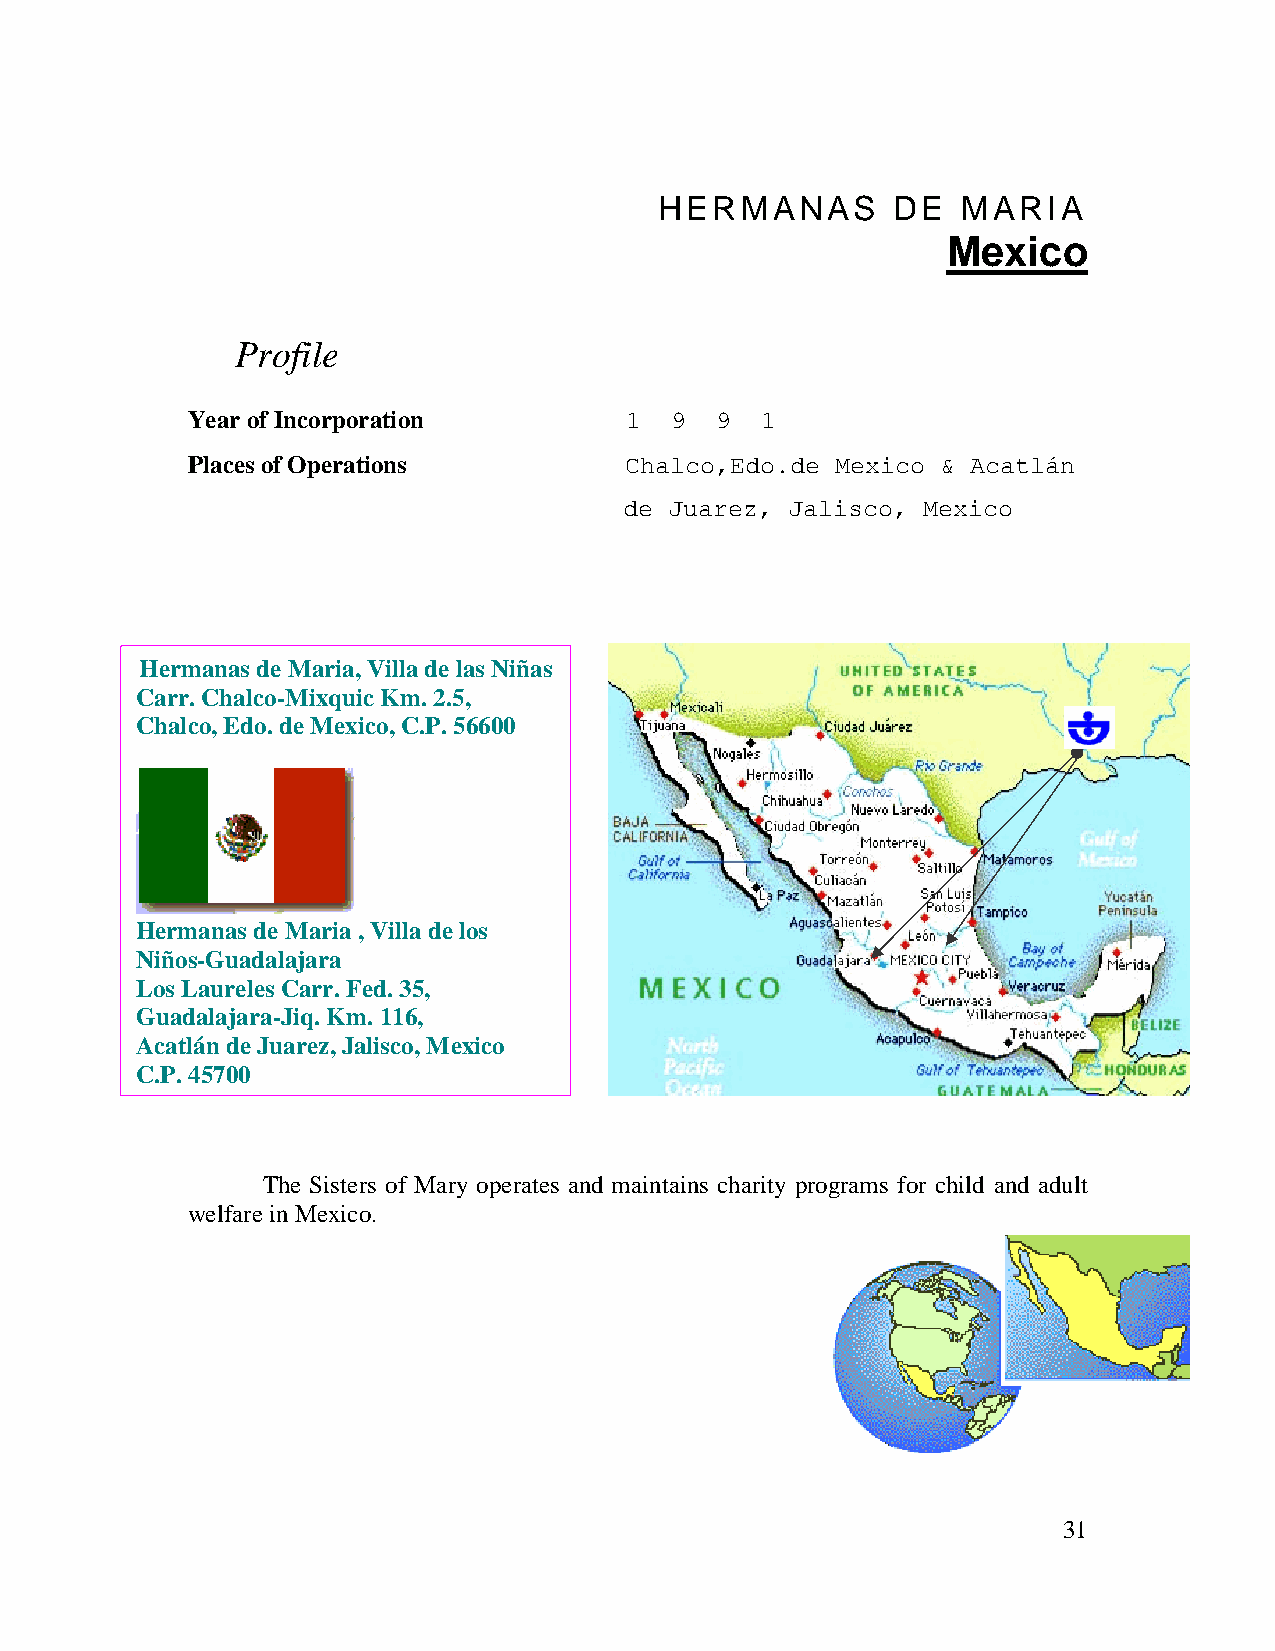
HERMANAS       DE   MARIA
 Mexico
 Profile
 Year of Incorporation        1  9  9  1
 Places of Operations         Chalco,Edo.de Mexico & Acatlán
 de Juarez, Jalisco, Mexico
 Herm anas de Maria, Villa de las Niñas
 Carr . Chalco-Mixquic Km. 2.5,
 Chalc o, Edo. de Mexico, C.P. 56600
 Herm anas de Maria , Villa de los
 Niños -Guadalajara
 Los L aureles Carr. Fed. 35,
 Guad alajara-Jiq. Km. 116,
 Acatl án de Juarez, Jalisco, Mexico
 C.P. 45700
 The Sisters of Mary operates and maintains charity programs for child and adult
 welfare in Mexico.
 31